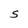
Character: S